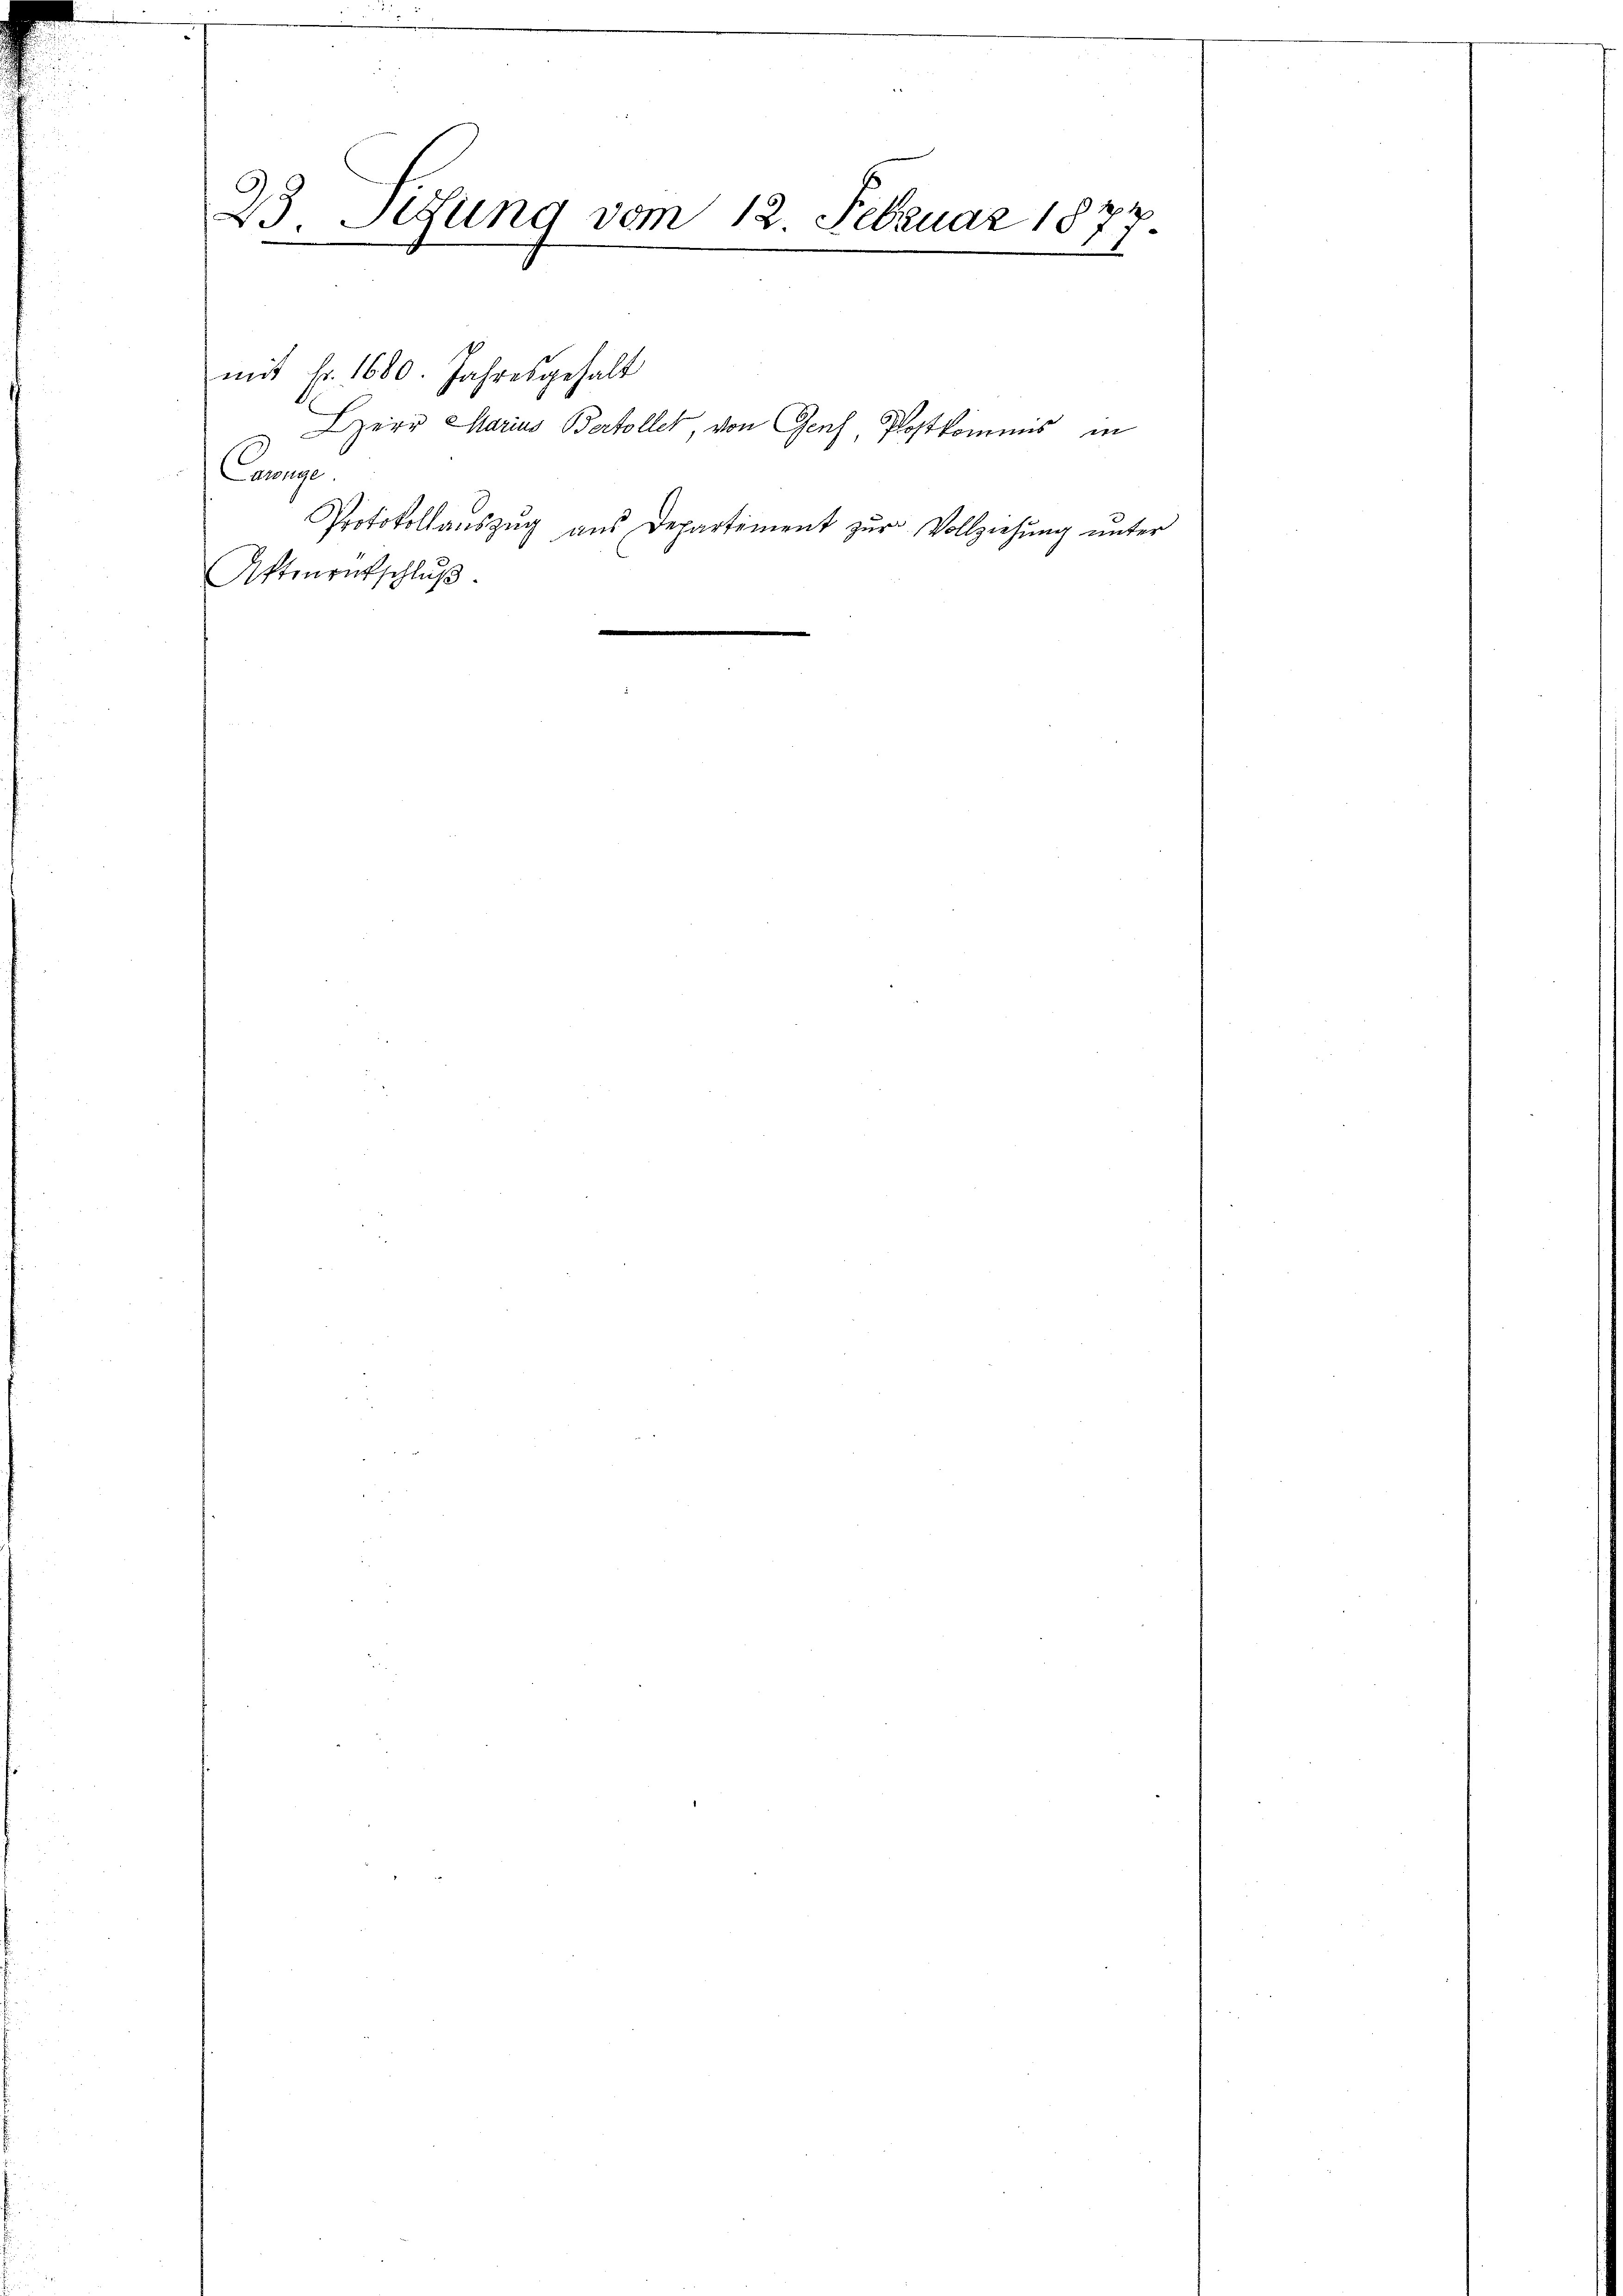
23. Sedung vom 12. Februar 1877.

mit Fr. 1680. Jahresgehalt
HHerr Marius Bertollet, von Genf, Postkommis in
munge
Protokollauszug aus Departement zur Vollziehung unter
Attenentschlŭβ